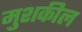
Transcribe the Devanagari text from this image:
मुशकील